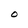
Character: O